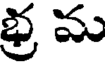
భ్ర మ